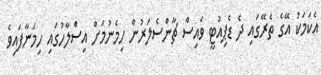
އެކަމަކު އޭގެ ތެރޭގައި ދެ ޑެޕިއުޓީ ވައިސް ޗާންސެލަރުން ހިމެނުމަށް އިސްލާހުގައި ހިމަނާފައިވެ